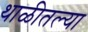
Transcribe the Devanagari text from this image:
थाळीतल्या